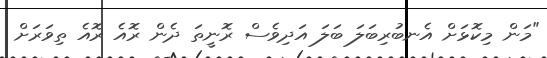
"މަން މިކޮޅަށް އެނބުރިބަލަ ބަލަ އަދިވެސް ރޮނީތަ ދެން ރޮއެ ރޮއެ ތިވަރަށް